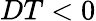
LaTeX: DT<0